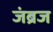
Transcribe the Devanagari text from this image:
जंब्रज